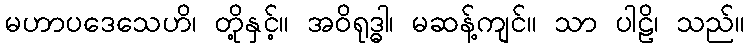
မဟာပဒေသေဟိ၊ တို့နှင့်။ အဝိရုဒ္ဓါ၊ မဆန့်ကျင်။ သာ ပါဠိ၊ သည်။